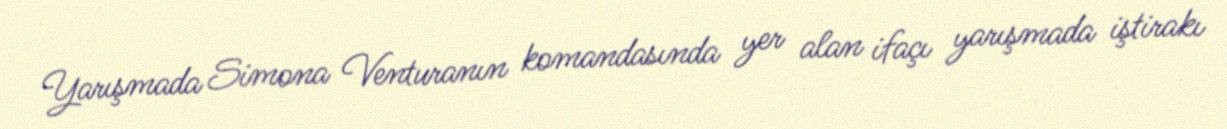
Yarışmada Simona Venturanın komandasında yer alan ifaçı yarışmada iştirakı